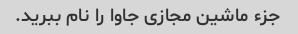
جزء ماشین مجازی جاوا را نام ببرید.